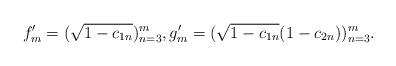
LaTeX: \begin{align*}f_m'=(\sqrt{1-c_{1n}})_{n=3}^m,g_m'=(\sqrt{1-c_{1n}}(1-c_{2n}))_{n=3}^m.\end{align*}